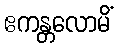
ဧကန္တလောမိံ